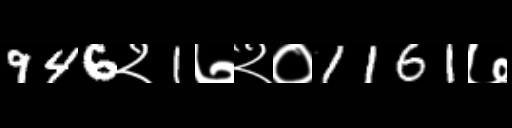
Text: 946२1७२०1161७